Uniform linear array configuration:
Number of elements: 8
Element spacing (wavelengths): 0.75
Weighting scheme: blackman
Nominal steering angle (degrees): -15
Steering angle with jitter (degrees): -13.905
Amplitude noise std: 0.05
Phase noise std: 0.05

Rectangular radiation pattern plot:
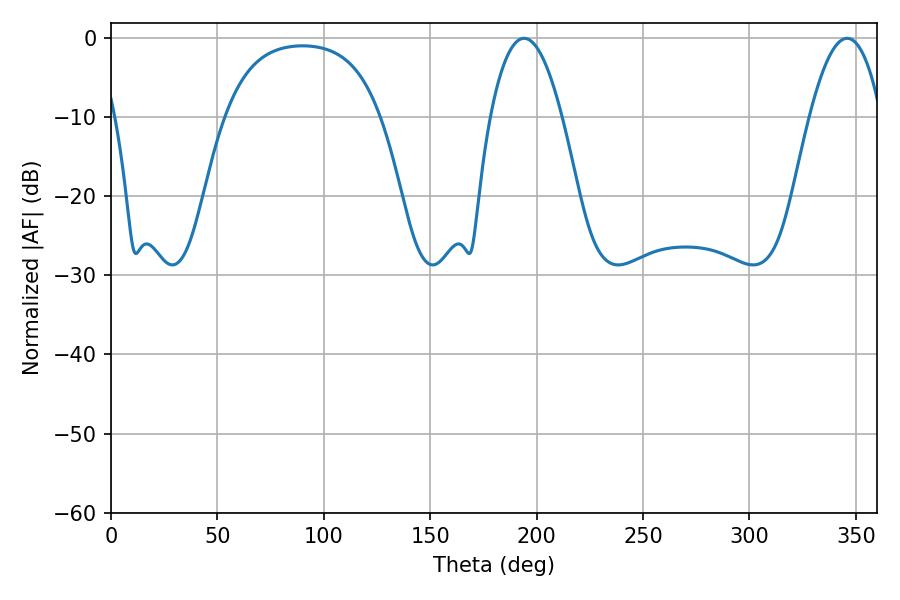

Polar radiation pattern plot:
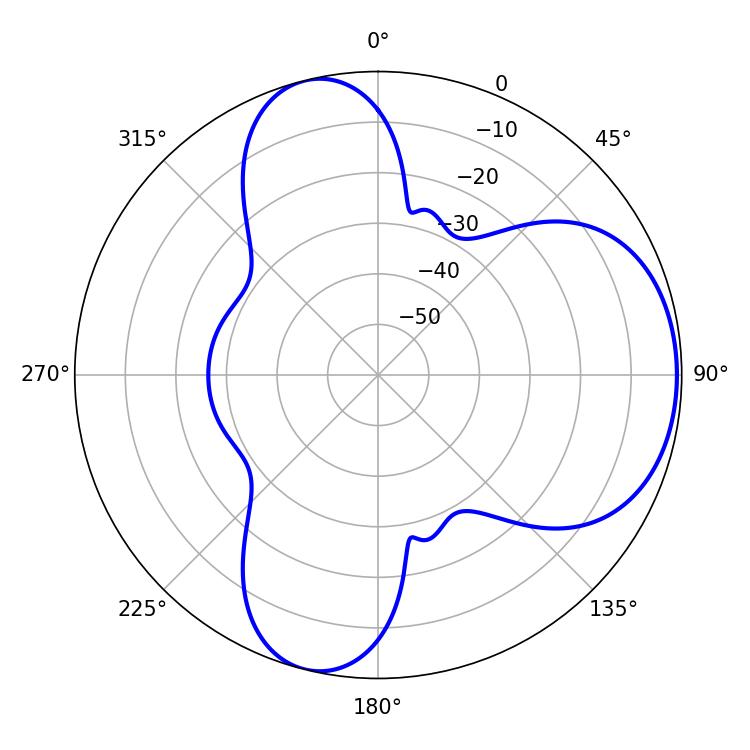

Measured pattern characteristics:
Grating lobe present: TRUE
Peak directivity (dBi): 6.145
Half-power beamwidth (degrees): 18.54
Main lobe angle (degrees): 194.04